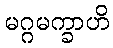
မဂ္ဂမက္ခာဟိ